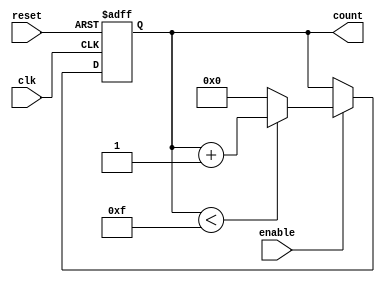
module memory_blocks_up_counter (
    input wire clk,            // Clock input
    input wire reset,          // Asynchronous reset
    input wire enable,         // Enable signal
    output reg [3:0] count     // 4-bit counter output
);

    // Parameter definitions
    parameter MIN_VALUE = 4'b0000; // Minimum value (0)
    parameter MAX_VALUE = 4'b1111; // Maximum value (15)

    // Always block for synchronous logic
    always @(posedge clk or posedge reset) begin
        if (reset) begin
            // Asynchronous reset to the minimum value
            count <= MIN_VALUE;
        end else if (enable) begin
            // Increment logic with wrap around
            if (count < MAX_VALUE) begin
                count <= count + 1'b1; // Increment
            end else begin
                count <= MIN_VALUE; // Wrap around
            end
        end
    end

endmodule